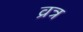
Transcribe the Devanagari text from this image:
व्रत्र